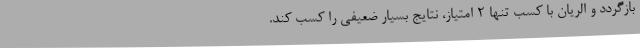
بازگردد و الریان با کسب تنها ۲ امتیاز، نتایج بسیار ضعیفی را کسب کند.